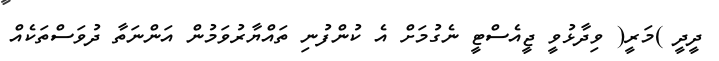
ދީދީ )މަރީ( ވިދާޅުވީ ޖީއެސްޓީ ނެގުމަށް އެ ކުންފުނި ތައްޔާރުވަމުން އަންނަތާ ދުވަސްތަކެއް